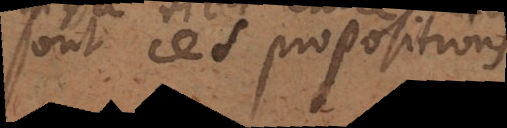
sont ces propositions: